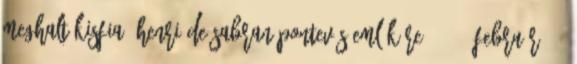
meghalt kisfia, Henri de Sabran-Pontevès emlékére. 1885. február 10.